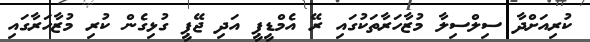
ކުރިއަށްދާ ސިލްސިލާ މުޒާހަރާތަކުގައި ރޭ އެމްޑީޕީ އަދި ޖޭޕީ ގުޅިގެން ކުރި މުޒާހަރާގައި